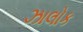
ઝાલોક